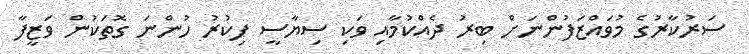
ސަރުކާރުގެ މުވައްޒަފުންނަށް ބިރު ދެއްކުމާއި ވަކި ސިޔާސީ ފިކުރު ހުންނަ ގޮތަކުން ވަޒީފާ